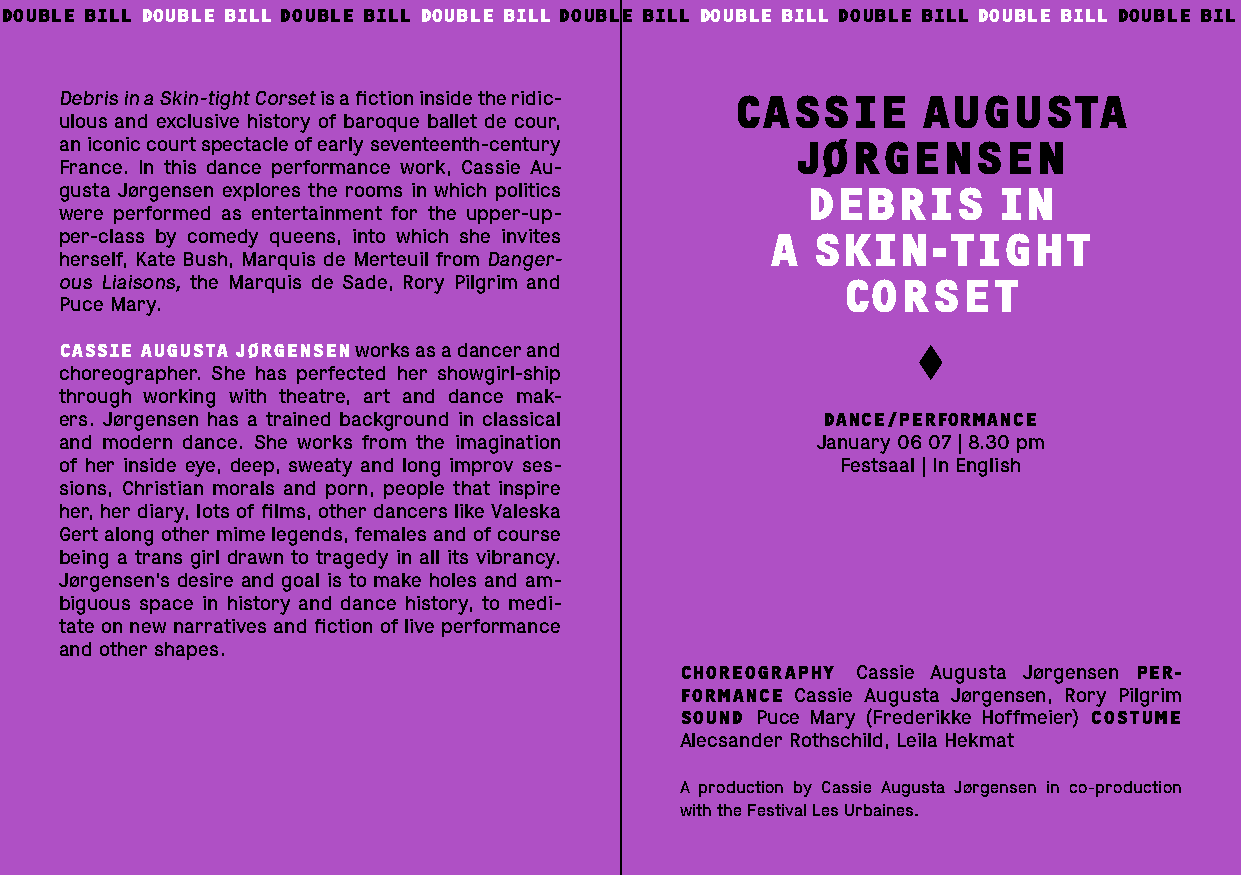
DOUBLE BILL DOUBLE BILL DOUBLE BILL DOUBLE BILL DOUBLE BILL DOUBLE BILL DOUBLE BILL DOUBLE BILL DOUBLE BIL
 Debris in a Skin-tight Corset is a fiction inside the ridic- CASSIE AUGUSTA
 ulous and exclusive history of baroque ballet de cour,
 an iconic court spectacle of early seventeenth-century JØRGENSEN
 France. In this dance performance work, Cassie Au-
 gusta Jørgensen explores the rooms in which politics DEBRIS   IN
 were performed as entertainment for the upper-up-
 per-class by comedy queens, into which she invites A SKIN-TIGHT
 herself, Kate Bush, Marquis de Merteuil from Danger-
 ous Liaisons, the Marquis de Sade, Rory Pilgrim and CORSET
 Puce Mary.
 CASSIE AUGUSTA JØRGENSEN works as a dancer and
 choreographer. She has perfected her showgirl-ship
 through working with theatre, art and dance mak-
 ers. Jørgensen has a trained background in classical DANCE/PERFORMANCE
 and modern dance. She works from the imagination  January 06 07 | 8.30 pm
 of her inside eye, deep, sweaty and long improv ses- Festsaal | In English
 sions, Christian morals and porn, people that inspire
 her, her diary, lots of films, other dancers like Valeska
 Gert along other mime legends, females and of course
 being a trans girl drawn to tragedy in all its vibrancy.
 Jørgensen’s desire and goal is to make holes and am-
 biguous space in history and dance history, to medi-
 tate on new narratives and fiction of live performance
 and other shapes.
 CHOREOGRAPHY Cassie Augusta Jørgensen PER-
 FORMANCE Cassie Augusta Jørgensen, Rory Pilgrim
 SOUND Puce Mary (Frederikke Hoffmeier) COSTUME
 Alecsander Rothschild, Leila Hekmat
 A production by Cassie Augusta Jørgensen in co-production
 with the Festival Les Urbaines.